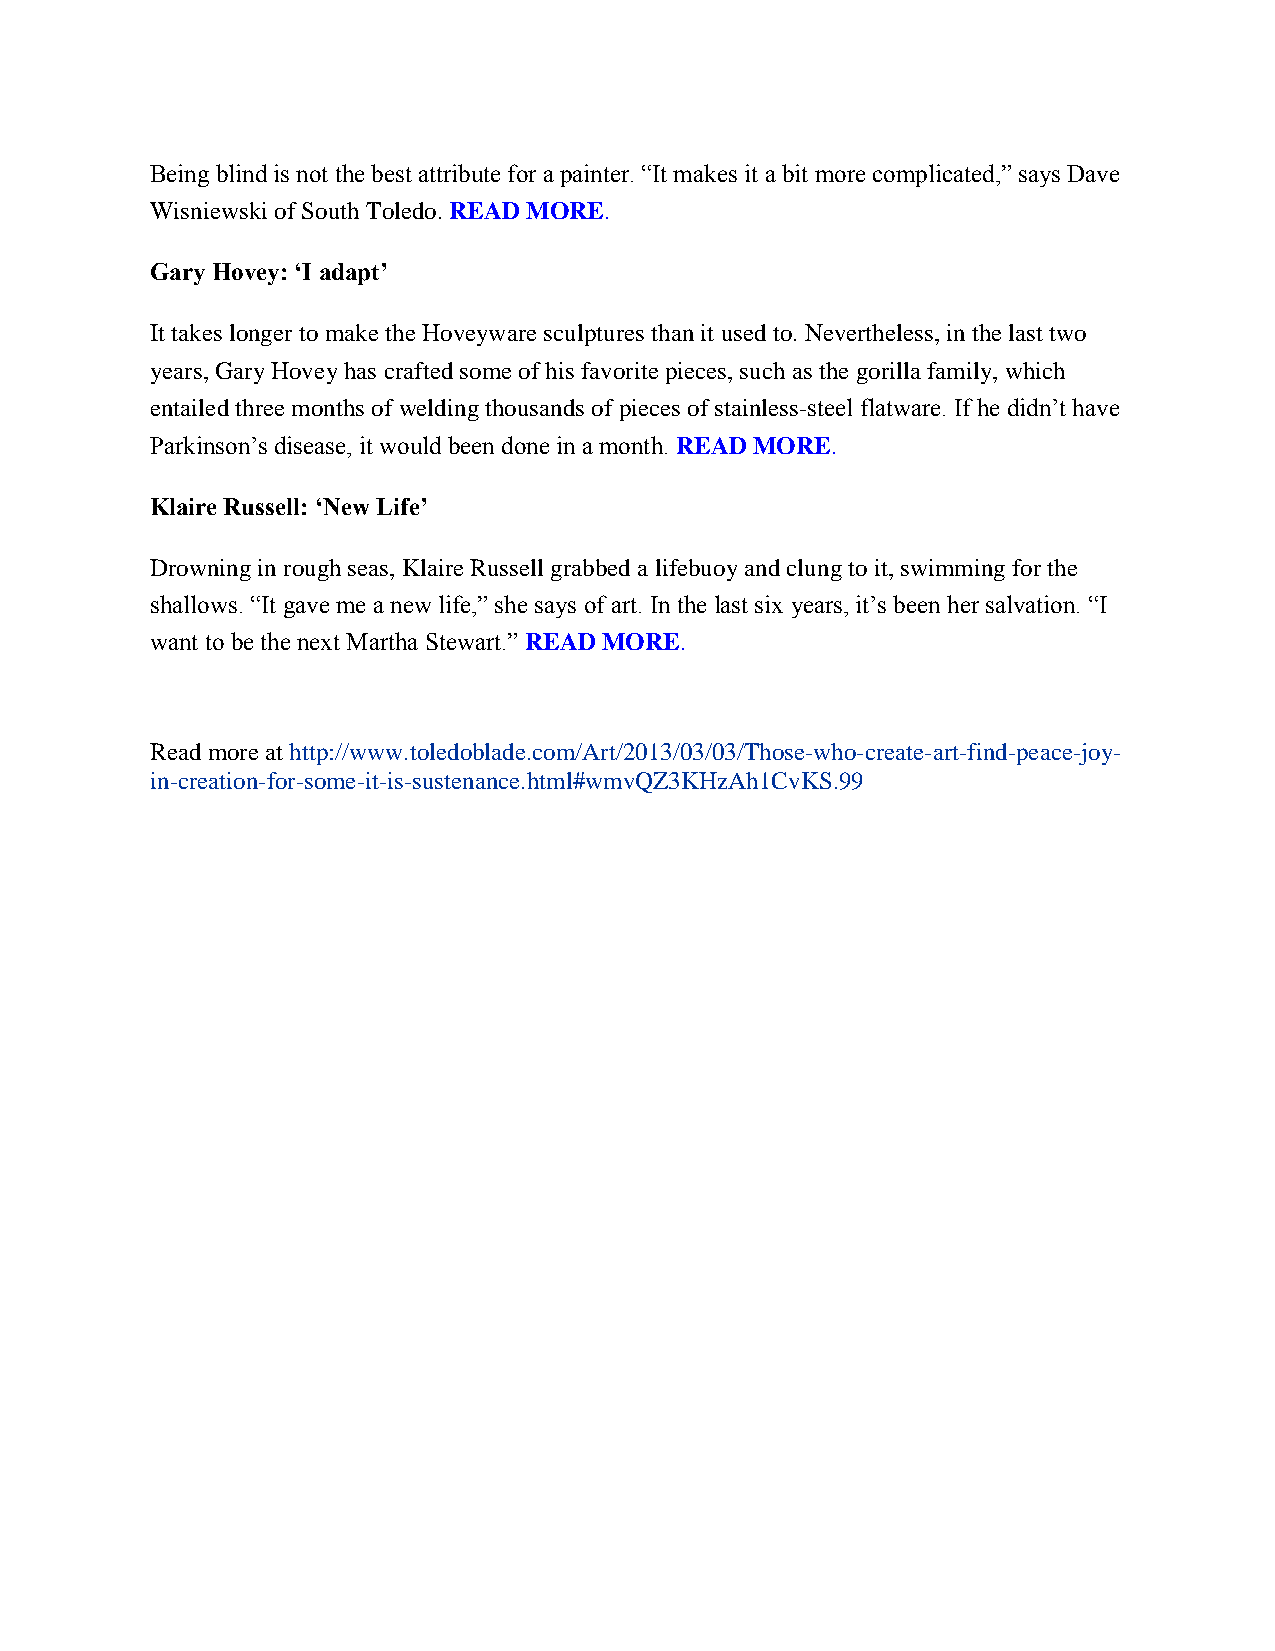
Being blind is not the best attribute for a painter. “It makes it a bit more complicated,” says Dave
 Wisniewski of South Toledo. READ MORE.
 Gary Hovey: ‘I adapt’
 It takes longer to make the Hoveyware sculptures than it used to. Nevertheless, in the last two
 years, Gary Hovey has crafted some of his favorite pieces, such as the gorilla family, which
 entailed three months of welding thousands of pieces of stainless-steel flatware. If he didn’t have
 Parkinson’s disease, it would been done in a month. READ MORE.
 Klaire Russell: ‘New Life’
 Drowning in rough seas, Klaire Russell grabbed a lifebuoy and clung to it, swimming for the
 shallows. “It gave me a new life,” she says of art. In the last six years, it’s been her salvation. “I
 want to be the next Martha Stewart.” READ MORE.
 Read more at http://www.toledoblade.com/Art/2013/03/03/Those-who-create-art-find-peace-joy-
 in-creation-for-some-it-is-sustenance.html#wmvQZ3KHzAh1CvKS.99